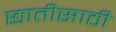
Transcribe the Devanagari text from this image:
छातीसाठी